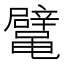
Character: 𱌉